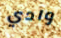
وادي